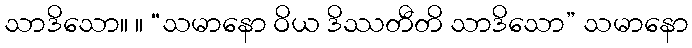
သာဒိသော။ ။ “သမာနော ဝိယ ဒိဿတီတိ သာဒိသော” သမာနော